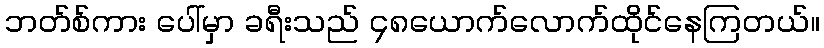
ဘတ်စ်ကား ပေါ်မှာ ခရီးသည် ၄၈ယောက်လောက်ထိုင်နေကြတယ်။